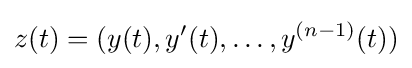
z(t)=(y(t),y'(t),\ldots ,y^{(n-1)}(t))